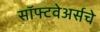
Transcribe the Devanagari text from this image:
सॉफ्टवेअर्सचे